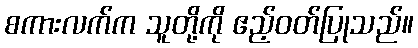
စကားလက်က သူတို့ကို ဧည့်ဝတ်ပြုသည်။